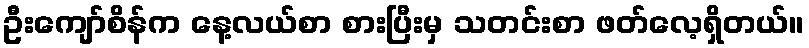
ဦးကျော်စိန်က နေ့လယ်စာ စားပြီးမှ သတင်းစာ ဖတ်လေ့ရှိတယ်။